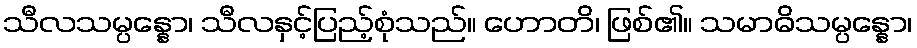
သီလသမ္ပန္နော၊ သီလနှင့်ပြည့်စုံသည်။ ဟောတိ၊ ဖြစ်၏။ သမာဓိသမ္ပန္နော၊